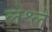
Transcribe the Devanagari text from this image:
लेश्ले